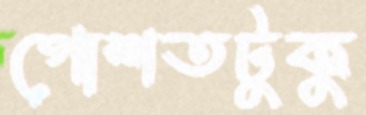
গোশতটুকু